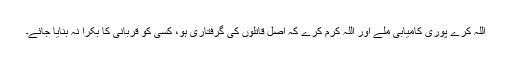
اللہ کرے پوری کامیابی ملے اور اللہ کرم کرے کہ اصل قاتلوں کی گرفتاری ہو، کسی کو قربانی کا بکرا نہ بنایا جائے۔